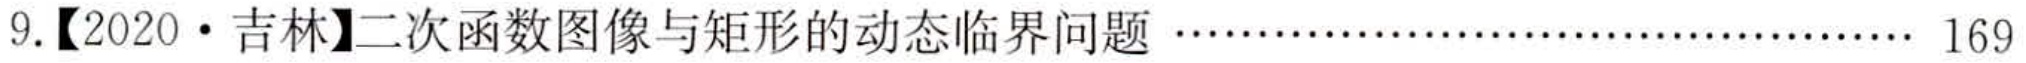
9.【2020 • 吉林】二次函数图像与矩形的动态临界问题………………………… 169